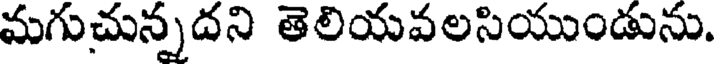
మగుచున్నదని తెలియవలసియుండును.